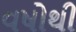
વષોથી